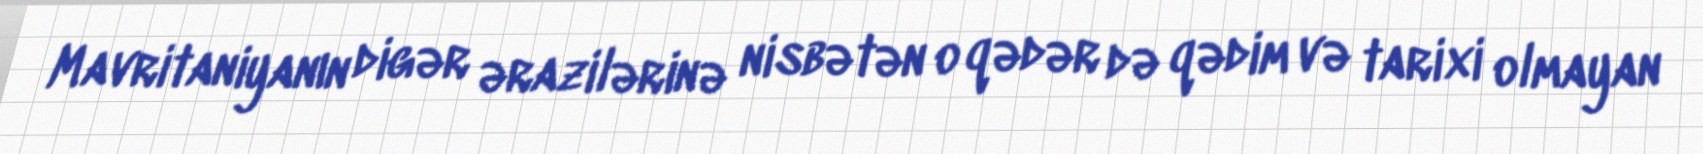
Mavritaniyanın digər ərazilərinə nisbətən o qədər də qədim və tarixi olmayan